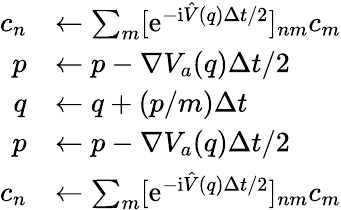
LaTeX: \begin{array}{rl}{c_{n}}&{\leftarrow\sum_{m}[\mathrm{e}^{-\mathrm{i}\hat{V}(q)\Delta t/2}]_{nm}c_{m}}\\ {p}&{\leftarrow p-\nabla V_{a}(q)\Delta t/2}\\ {q}&{\leftarrow q+(p/m)\Delta t}\\ {p}&{\leftarrow p-\nabla V_{a}(q)\Delta t/2}\\ {c_{n}}&{\leftarrow\sum_{m}[\mathrm{e}^{-\mathrm{i}\hat{V}(q)\Delta t/2}]_{nm}c_{m}}\end{array}